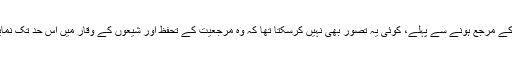
فرمانیان: آیت الله سیستانی کے مرجع ہونے سے پہلے، کوئی یہ تصور بھی نہیں کرسکتا تھا کہ وہ مرجعیت کے تحفظ اور شیعوں کے وقار میں اس حد تک نمایاں کردار ادا کرسکتے ہیں۔